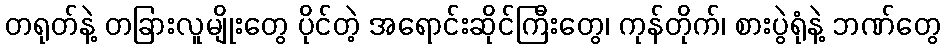
တရုတ်နဲ့ တခြားလူမျိုးတွေ ပိုင်တဲ့ အရောင်းဆိုင်ကြီးတွေ၊ ကုန်တိုက်၊ စားပွဲရုံနဲ့ ဘဏ်တွေ